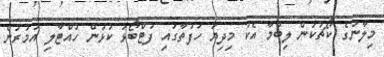
މިލާނުގެ ކޯޗުކަން ލިބުމާ އެކު މިދިޔަ ހަފުތާގައި ފުޓްބޯޅަ ކުޅުން ހުއްޓާލި އުމުރުން